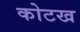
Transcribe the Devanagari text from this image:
कोटख